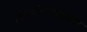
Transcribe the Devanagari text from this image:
शिकविण्याकडेच